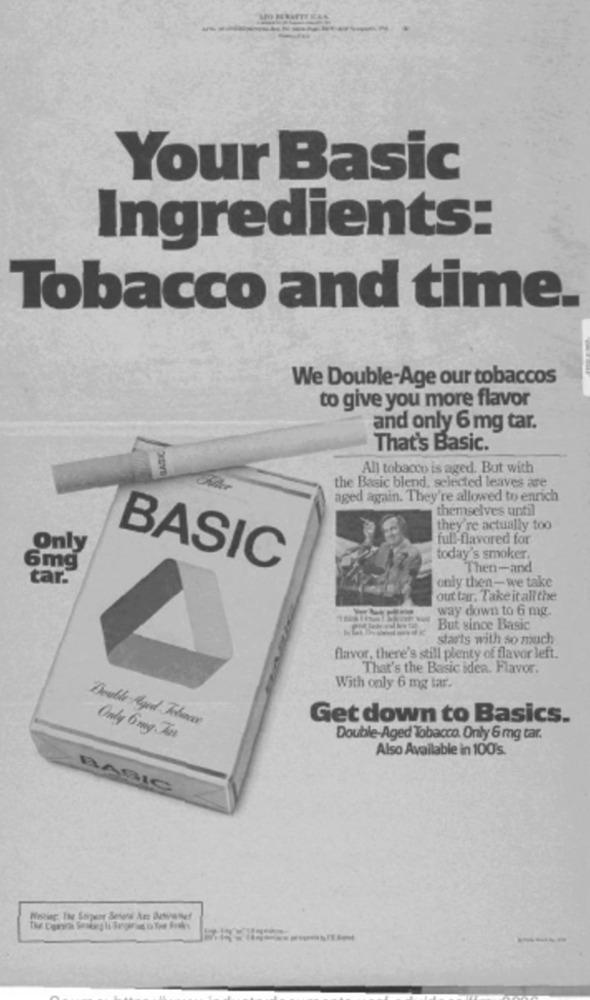
-
Your Basic
Ingredients:
Tobacco and time.
We Double-Age our tobaccos
to give you more flavor
and only 6 mg tar.
That's Basic.
All tobacco is aged. But with
the Basic blend, selected leaves are
aged again. They're allowed to enrich
themselves until
they're actually too
full-flavored for
Only
today's smoker.
6mg
BASIC
Then-and
tar.
only then- we take
out tar. Take it all the
way down to 6 mg.
But since Basic
starts with so much
flavor, there's still plenty of flavor left.
That's the Basic idea. Flavor.
With only 6 mg tar.
Get down to Basics.
Only Grg Tos
Double-Aged Tobacco. Only 6 mg tar.
Also Available in 100's.
BASIC
----